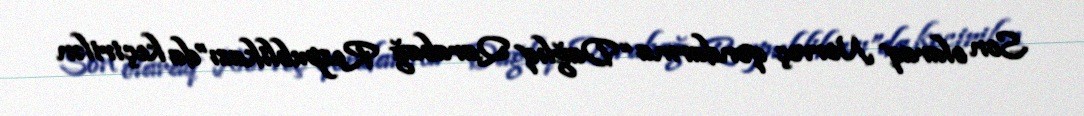
Son olaraq Norveç qondarma “Dağlıq Qarabağ Respublikası”da keçirilən